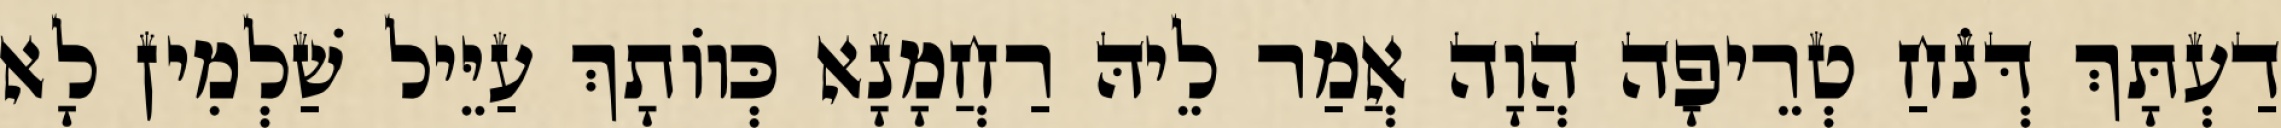
דַעְתָּךְ דְּנֹחַ טְרֵיפָה הֲוָה אֲמַר לֵיהּ רַחֲמָנָא כְּווֹתָךְ עַיֵּיל שַׁלְמִין לָא